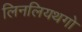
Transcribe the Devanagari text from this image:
लिनलियथगो